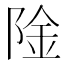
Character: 𬯉